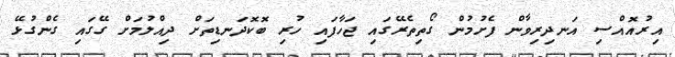
އިރުއޮއްސި އަނދިރިވާން ފެށުމުން ގޯތިތެރޭގައި ޖަހާފައި ހުރި ބޮކޮދަނޑިތަށް ދިއްލުމަށް ގޭގައި ގެންގުޅޭ